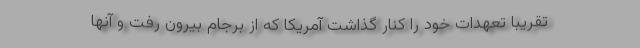
تقریبا تعهدات خود را کنار گذاشت آمریکا که از برجام بیرون رفت و آنها